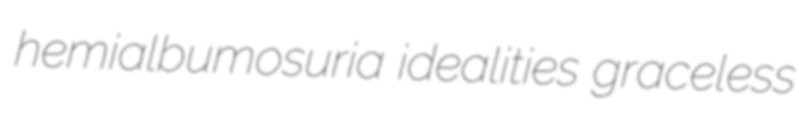
hemialbumosuria idealities graceless